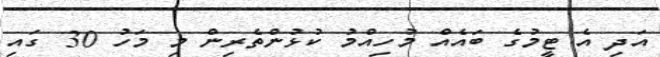
އަދި އެ ޓީމުގެ ބައެއް މުހިއްމު ކުޅުންތެރިން މި މަހު 30 ގައި